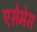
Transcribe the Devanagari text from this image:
एसेमेस